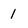
Character: 1